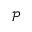
\mathcal { P }